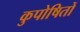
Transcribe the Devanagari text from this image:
कुपोषितों